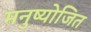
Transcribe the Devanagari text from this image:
मनुष्योजित